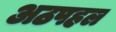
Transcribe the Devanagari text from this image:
अठपहल